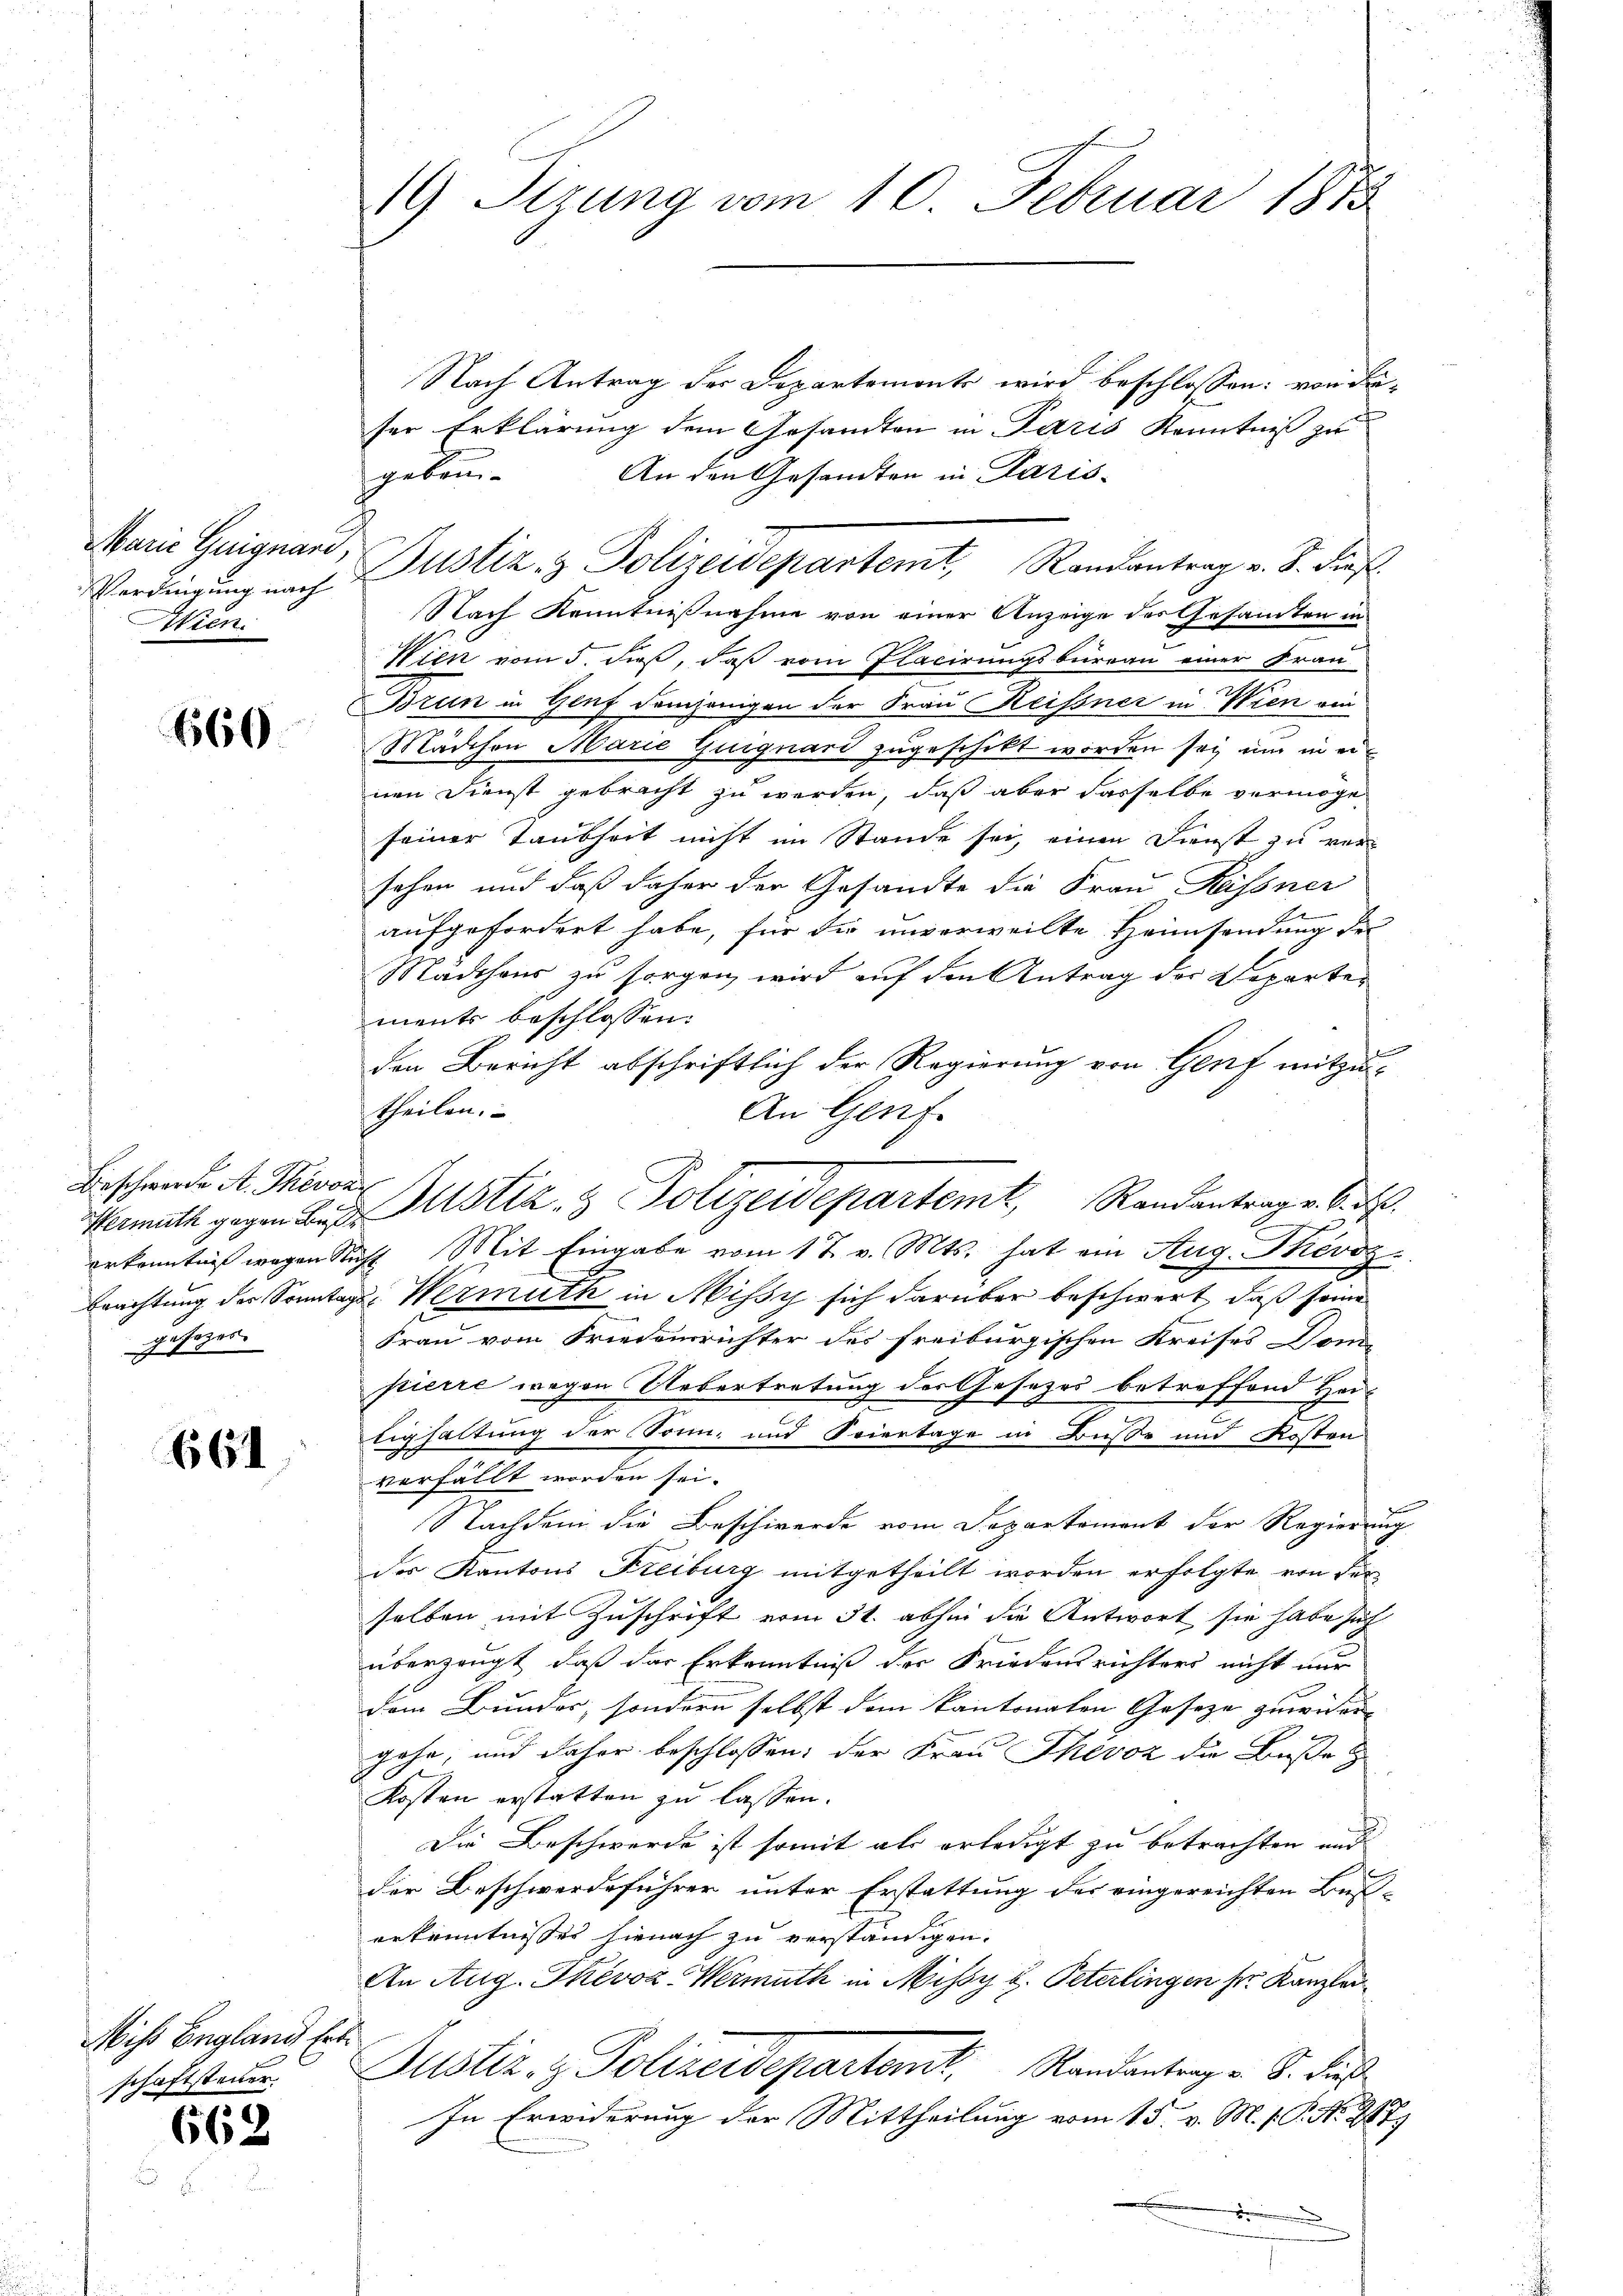
Marie Guignard,
Atien.

660

Beschwerde A. Thevor
gesezes.

661

Miss England Ert
schaftsteuer.

662.

Nach Antrag der Departements wird beschlossen: von daser Erklärung dem Gesandten in Paris Kenntniß zu
An den Gesandten in Paris-
gebäu-
Nach Kenntnißnahme von einer Anzeige des Gesamten in
Wien vom 5. dieß, daß vom Flacirungsbureau einer Frau
Brun in Genf demjenigen der Frau Reissner in Wien ein
Mädchen Marie Guiguard zugeschikt worden sei und in ernen Dienst gebracht zu werden, daß aber dasselbe vermöge
seiner Taubheit nicht im Stande sei, einen Dienst zu versehen und daß daher der Gesandte die Frau Kessner
aufgefordert habe, für die unverweilte Heimsendung des
Mädchens zu sorgen wird auf den Antrag der Departer
ments beschlossen:
d
den Bericht abschriftlich der Regierung von Genf mitzutheilen.
An Genf.
erkenntnis wegen Richt Mit Eingabe vom 17. v. Mts. hat ein Aug. Phévos
Erachtung der Sonntage Wermuth in Missy sich darüber beschwert, daß seine
Frau vom Friedensrichter des freiburgischen Kreises Dom-
pierre wegen Uebertretung des Gesezes betreffend Her-
tighaltung der Sonn- und Stiertage in Busse und Kosten
verfällt worden sei.
Nachdem die Beschwerde vom Departement der Regierung
des Kantons Freiburg mitgetheilt worden erfolgte von der
selben mit Zuschrift vom 31. abhin die Antwort sie habe sich
überzeugt, daß das Erkenntniß der Friedensrichters nicht nur
dem Bunder, sondern selbst dem kantonalen Geseze zuwider- |
gehe, und daher beschlossen; der Frau Thévoz die Buße
Kosten erstatten zu lassen.
Die Beschwerde ist somit als erledigt zu betrachten und
der Beschwerdeführer unter Erstattung des eingereichten Beserkenntnisses hienach zu verständigen.
An Aug. Thévoz-Wermuth in Missy d. Peterlingen ser Kanzlau¬
Justiz- & Polizeidepartant. Randantrag v. S. dieß
In Erwiderung der Mittheilung vom 15. v. M. v. P. Nr. 217.
.

19 Stzung vom 10. Februar 1873

Verdingŭng nach Zustiz- & Polizeidepartemt, Randantrag v. S. Kraf

Heimath gegen des Mustiz- & Polizeidepartemt, Randantrag v. 6. d.